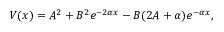
V ( x ) = A ^ { 2 } + B ^ { 2 } e ^ { - 2 \alpha x } - B ( 2 A + \alpha ) e ^ { - \alpha x } ,